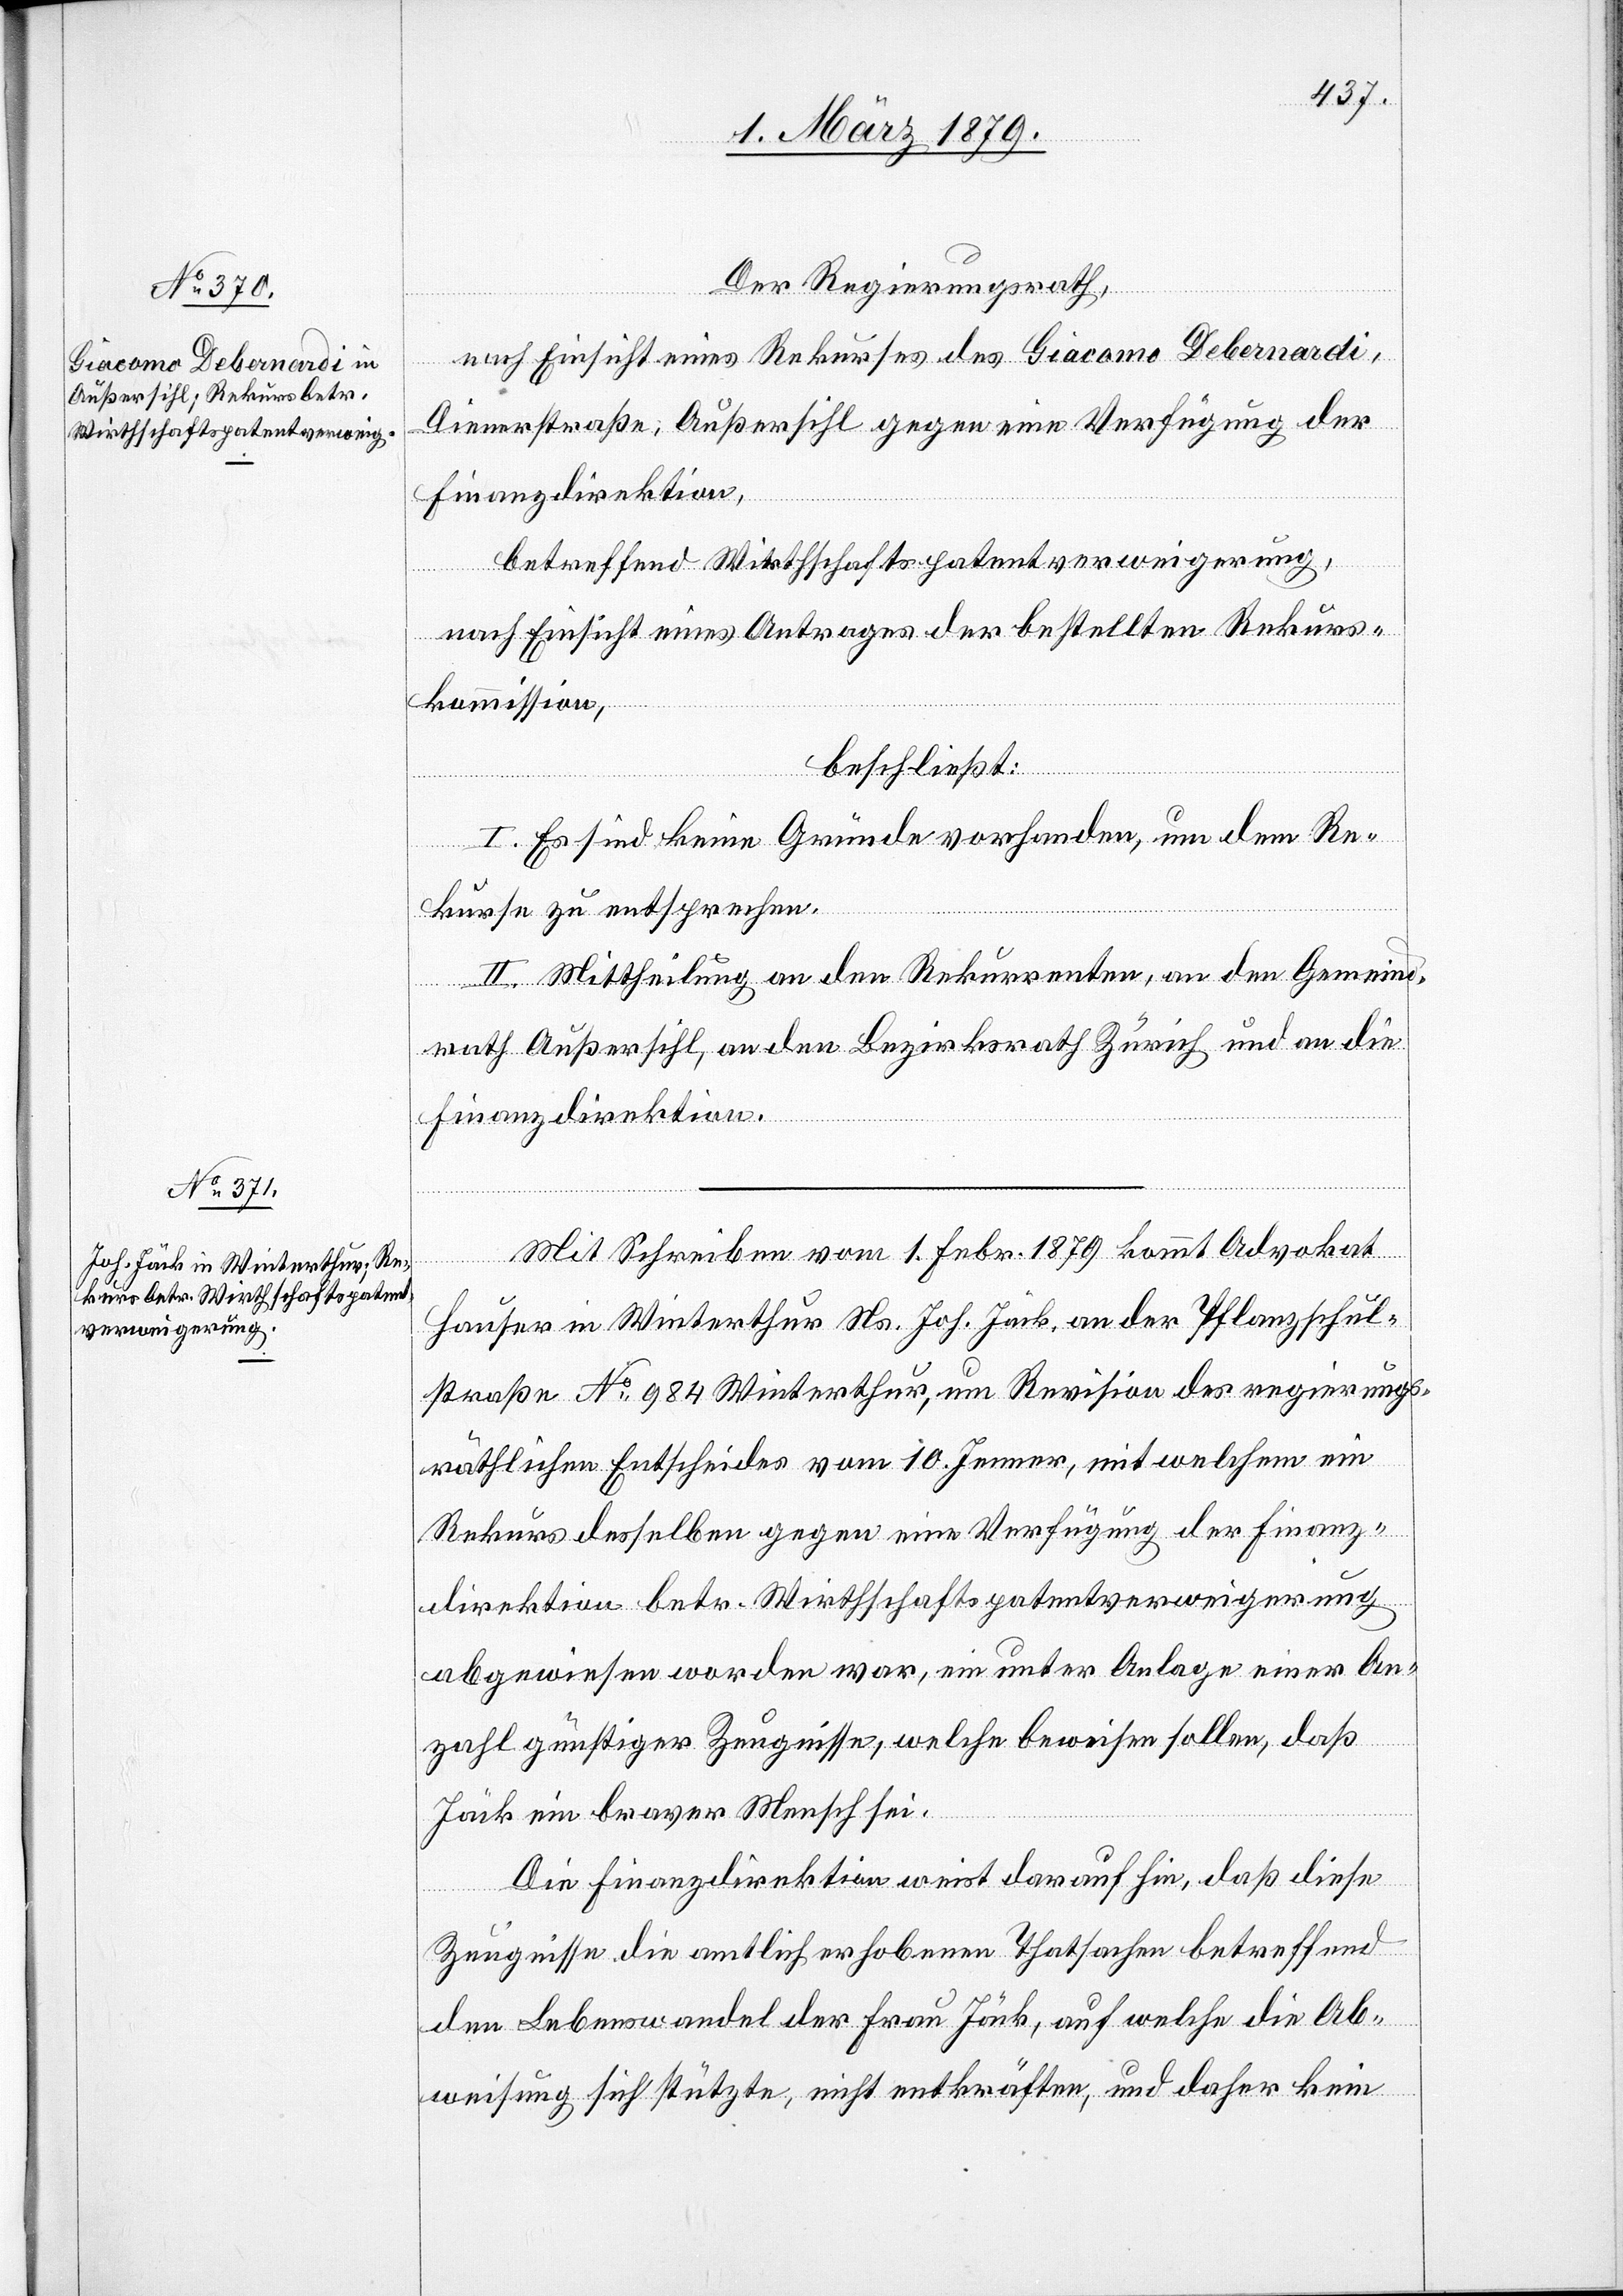
Der Regierungsrath,
nach Einsicht eines Rekurses des Giacomo Debernardi,
Dienerstraße, Außersihl gegen eine Verfügung der
Finanzdirektion,
betreffend Wirthschaftspatentverweigerung,
nach Einsicht eines Antrages der bestellten Rekurs¬
kommission,
beschließt:
I. Es sind keine Gründe vorhanden, um dem Re¬
kurse zu entsprechen.
II. Mittheilung an den Rekurrenten, an den Gemeind¬
rath Außersihl, an den Bezirksrath Zürich und an die
Finanzdirektion.
Mit Schreiben vom 1. Febr. 1879 kommt Advokat
Hauser in Winterthur Ns. Joh. Jäck, an der Pflanzschul¬
straße No 984 Winterthur, um Revision des regierungs¬
räthlichen Entscheides vom 10. Jenner, mit welchem ein
Rekurs desselben gegen eine Verfügung der Finanz¬
direktion betr. Wirthschaftspatentverweigerung
abgewiesen worden war, ein unter Anlage einer An¬
zahl günstiger Zeugnisse, welche beweisen sollen, daß
Jäck ein braver Mensch sei.
Die Finanzdirektion weist darauf hin, daß diese
Zeugnisse die amtlich erhobenen Thatsachen betreffend
den Lebenswandel der Frau Jäck, auf welche die Ab¬
weisung sich stützte, nicht entkräften, und daher kein